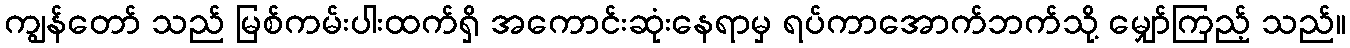
ကျွန်တော် သည် မြစ်ကမ်းပါးထက်ရှိ အကောင်းဆုံးနေရာမှ ရပ်ကာအောက်ဘက်သို့ မျှော်ကြည့် သည်။